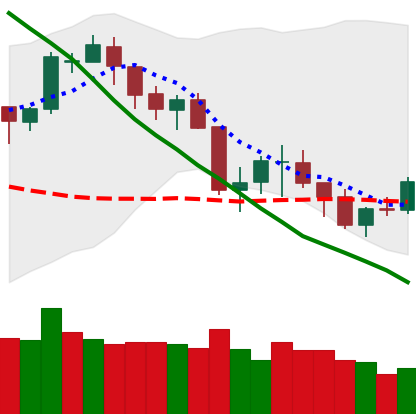
Ticker: BTC-USD
Chart end date: 2018-05-20
Forward return: -12.135%
Label: down_7plus